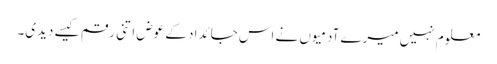
معلوم نہیں میرے آدمیوں نے اس جائداد کے عوض اتنی رقم کیسے دیدی۔